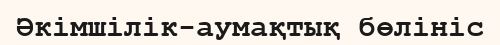
Әкімшілік-аумақтық бөлініс